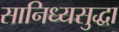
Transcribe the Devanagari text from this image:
सानिध्यसुद्धा